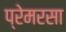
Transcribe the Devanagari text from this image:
प्रेमरसा